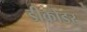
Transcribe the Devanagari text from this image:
डीकोडर